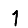
Digit: 1